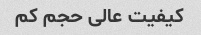
کیفیت عالی حجم کم